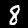
Digit: 8